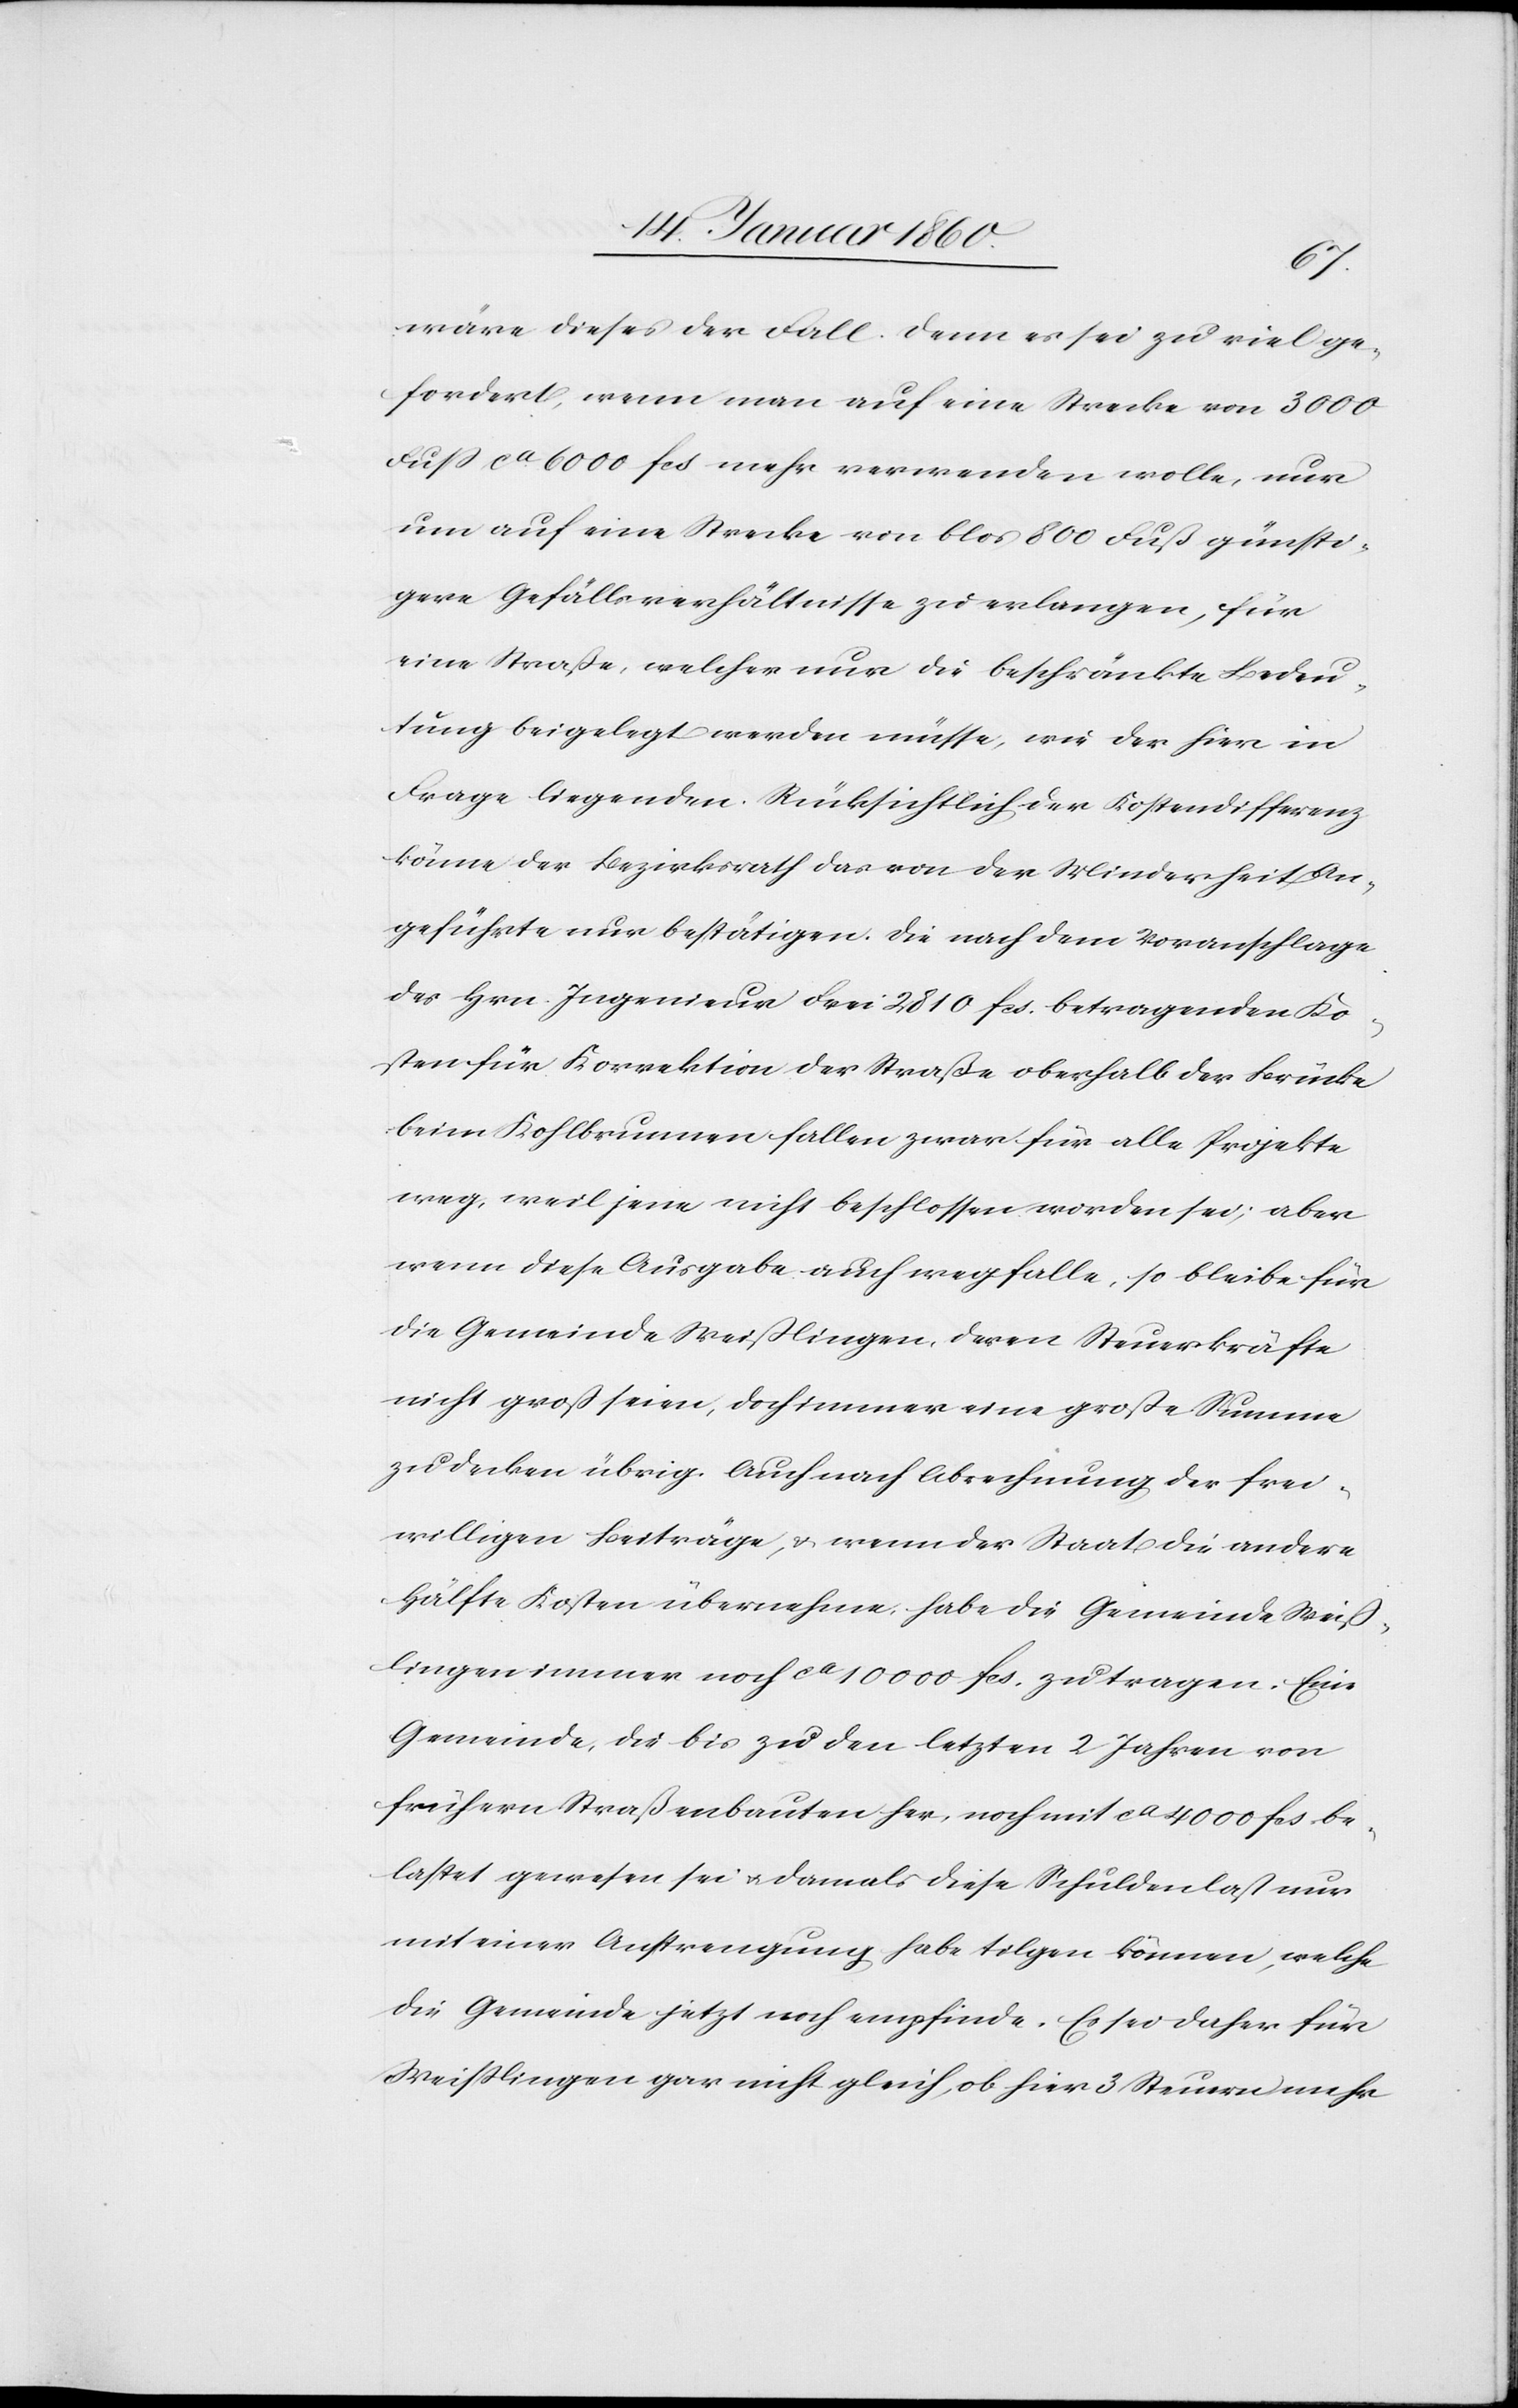
wäre dieses der Fall. Denn es sei zu viel ge¬
fordert, wenn man auf eine Strecke von 3000
Fuß ca 6000 fcs. mehr verwenden wolle, nur
um auf eine Strecke von bloss 800 Fuß günsti¬
gere Gefällsverhältnisse zu erlangen, für
eine Straße, welcher nur die beschränkte Bedeu¬
tung beigelegt werden müsse, wie der hier in
Frage liegenden. Rücksichtlich der Kostendifferenz
könne der Bezirksrath das von der Minderheit an¬
geführte nur bestätigen. Die nach dem Voranschlage
des Hrn. Ingenieur Frei 2810. fcs. betragenden Ko¬
sten für Korrektion der Straße oberhalb der Brücke
beim Kohlbrunnen fallen zwar für alle Projekte
weg, weil jene nicht beschlossen worden sei, aber
wenn diese Ausgabe auch wegfalle, so bleibe für
die Gemeinde Weißlingen, deren Steuerkräfte
nicht groß seien, doch immer eine große Summe
zu decken übrig. Auch nach Abrechnung der frei¬
willigen Beiträge, u. wenn der Staat die andere
Hälfte Kosten übernehme, habe die Gemeinde Weiß¬
lingen immer noch ca 10 000 fcs. zu tragen. Eine
Gemeinde, die bis zu den letzten 2 Jahren von
frühern Straßenbauten her, noch mit ca 4000 fcs be¬
lastet gewesen sei u. damals diese Schuldenlast nur
mit einer Anstrengung habe tilgen können, welche
die Gemeinde jetzt noch empfinde. Es sei daher für
Weißlingen gar nicht gleich, ob hier 3 Steuern mehr